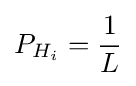
P_{H_{i}}={\frac {1}{L}}